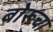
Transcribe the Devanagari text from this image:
बोरूचा